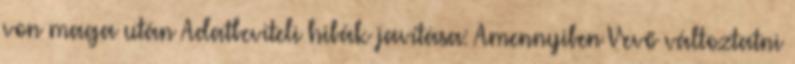
von maga után Adatbeviteli hibák javítása: Amennyiben Vevő változtatni